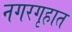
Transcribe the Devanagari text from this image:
नगरगृहात